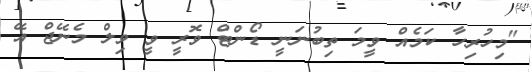
"މިހުރިހާ ކަމެއް ވީމަ ތިބުނަނީ ޑޯންޓް ވޮރީ ވީ ވިލް މެނޭޖް އޭ